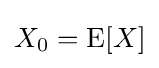
X_{0}=\operatorname {E} [X]